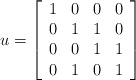
\begin{align*}u = \left[\begin{array}{cccc}1 & 0 & 0 & 0 \\0 & 1 & 1 & 0 \\0 & 0 & 1 & 1 \\0 & 1 & 0 & 1 \\\end{array} \right]\end{align*}